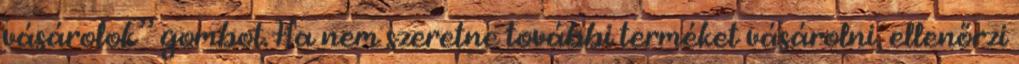
vásárolok” gombot. Ha nem szeretne további terméket vásárolni, ellenőrzi